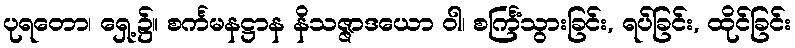
ပုရတော၊ ရှေ့၌။ စင်္ကမနဋ္ဌာန နိသဇ္ဇာဒယော ဝါ၊ စင်္ကြံသွားခြင်း, ရပ်ခြင်း, ထိုင်ခြင်း